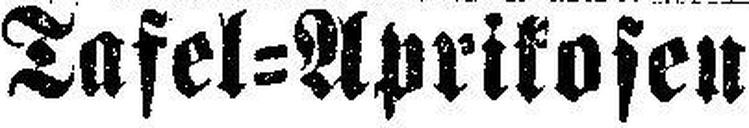
Tafel=Aprikosen